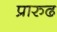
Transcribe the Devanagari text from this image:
प्रारुढ